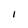
Character: I